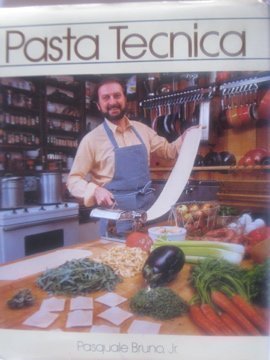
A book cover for Pasta Tecnica; Pasquale, Jr. Bruno; Cookbooks, Food & Wine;